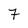
Character: 7